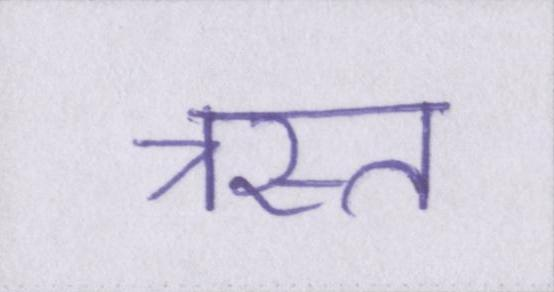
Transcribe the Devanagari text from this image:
त्रस्त